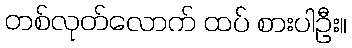
တစ်လုတ်လောက် ထပ် စားပါဦး။